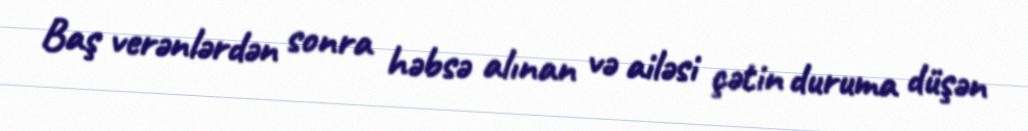
Baş verənlərdən sonra həbsə alınan və ailəsi çətin duruma düşən